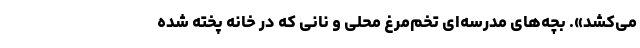
می‌کشد». بچه‌های مدرسه‌ای تخم‌مرغ محلی و نانی که در خانه پخته شده